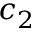
c _ { 2 }